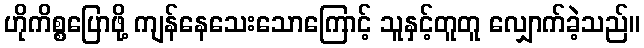
ဟိုကိစ္စပြောဖို့ ကျန်နေသေးသောကြောင့် သူနှင့်တူတူ လျှောက်ခဲ့သည်။